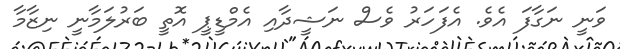
ވަނީ ނަގާފަ އެވެ. އެފަހަރު ވެސް ނަޝީދާއި އެމްޑީޕީ އޮތީ ބަރުލަމާނީ ނިޒާމާ